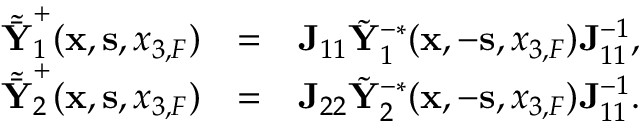
\begin{array} { r l r } { \tilde { \bar { { \bf Y } } } _ { 1 } ^ { + } ( { { \bf x } } , { { \bf s } } , { x _ { 3 , F } } ) } & { = } & { { \bf J } _ { 1 1 } \tilde { \bf Y } _ { 1 } ^ { - * } ( { { \bf x } } , - { { \bf s } } , { x _ { 3 , F } } ) { \bf J } _ { 1 1 } ^ { - 1 } , } \\ { \tilde { \bar { { \bf Y } } } _ { 2 } ^ { + } ( { { \bf x } } , { { \bf s } } , { x _ { 3 , F } } ) } & { = } & { { \bf J } _ { 2 2 } \tilde { \bf Y } _ { 2 } ^ { - * } ( { { \bf x } } , - { { \bf s } } , { x _ { 3 , F } } ) { \bf J } _ { 1 1 } ^ { - 1 } . } \end{array}